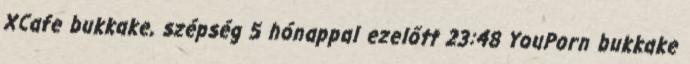
XCafe bukkake, szépség 5 hónappal ezelőtt 23:48 YouPorn bukkake